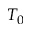
T _ { 0 }